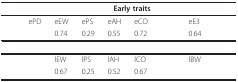
<table><thead><tr><td>[EMPTY_CELL]</td><td colspan="8"><b>Early traits</b></td></tr></thead><tbody><tr><td>[EMPTY_CELL]</td><td>ePD</td><td>eEW</td><td>ePS</td><td>eAH</td><td>eCO</td><td>[EMPTY_CELL]</td><td>eE3</td><td>[EMPTY_CELL]</td></tr><tr><td>[EMPTY_CELL]</td><td>[EMPTY_CELL]</td><td>0.74</td><td>0.29</td><td>0.55</td><td>0.72</td><td>[EMPTY_CELL]</td><td>0.64</td><td>[EMPTY_CELL]</td></tr><tr><td>[EMPTY_CELL]</td><td colspan="8">[EMPTY_CELL]</td></tr><tr><td>[EMPTY_CELL]</td><td>[EMPTY_CELL]</td><td>lEW</td><td>lPS</td><td>lAH</td><td>lCO</td><td>[EMPTY_CELL]</td><td>lBW</td><td>[EMPTY_CELL]</td></tr><tr><td>[EMPTY_CELL]</td><td>[EMPTY_CELL]</td><td>0.67</td><td>0.25</td><td>0.52</td><td>0.67</td><td>[EMPTY_CELL]</td><td>[EMPTY_CELL]</td><td>[EMPTY_CELL]</td></tr></tbody></table>